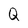
Character: Q